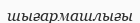
шығармашлығы